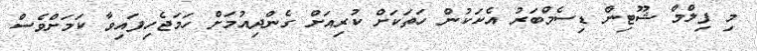
މި ފިލްމް ޝޫޓިން ޑިސެމްބަރު އެކަކުން ހަތަކަށް ކުރިއަށް ގެންދިއުމަށް ހަމަޖެހިފައިވާ ކަމަށްވެސް